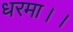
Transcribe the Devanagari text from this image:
धरमा।।